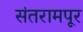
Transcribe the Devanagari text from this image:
संतरामपूर